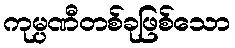
ကုမ္ပဏီတစ်ခုဖြစ်သော